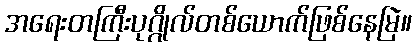
အရေးတကြီးပုဂ္ဂိုလ်တစ်ယောက်ဖြစ်နေမြဲ။